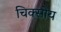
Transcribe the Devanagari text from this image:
चिक्सोय